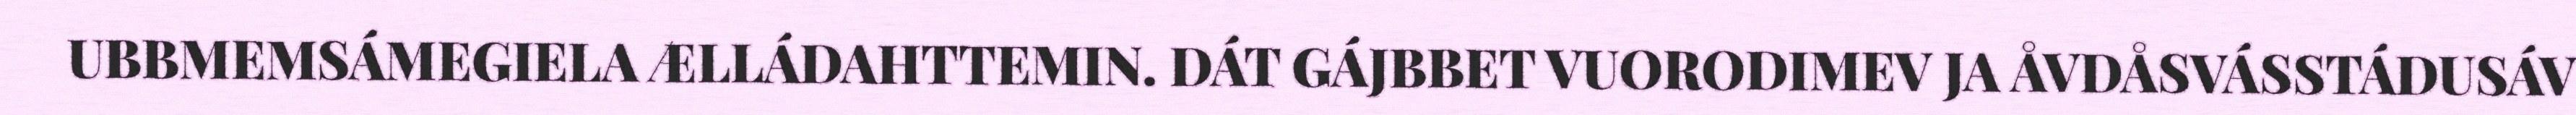
UBBMEMSÁMEGIELA ÆLLÁDAHTTEMIN. DÁT GÁJBBET VUORODIMEV JA ÅVDÅSVÁSSTÁDUSÁV